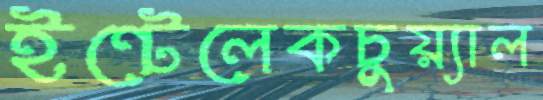
ইন্টেলেকচুয়্যাল